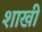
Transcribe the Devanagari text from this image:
शाखी